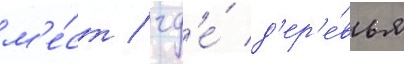
м'е́ст / гд'е́ д'ер'е́вья